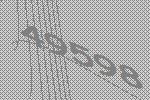
49598